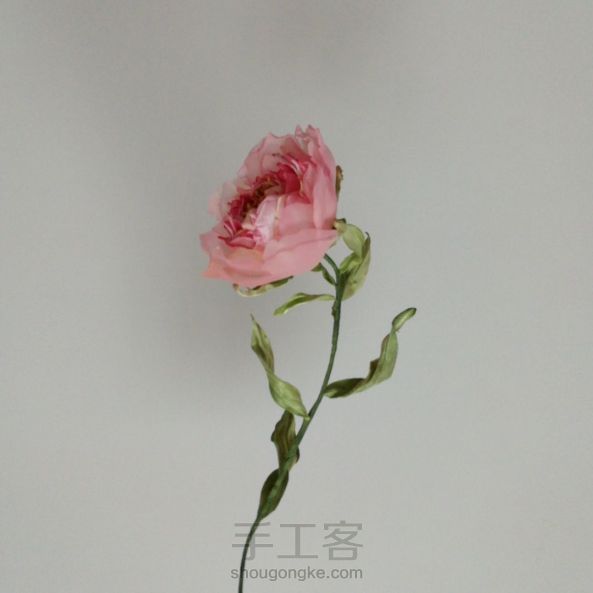
有情芍药含春泪，无力蔷薇卧晓枝。